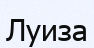
Луиза